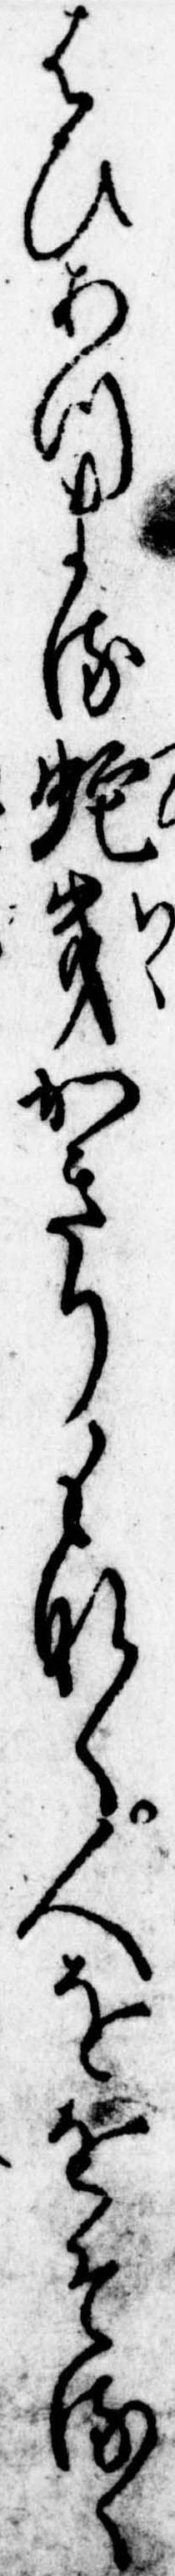
はひあつまる蛇幾かきりもなく人ををそるゝ